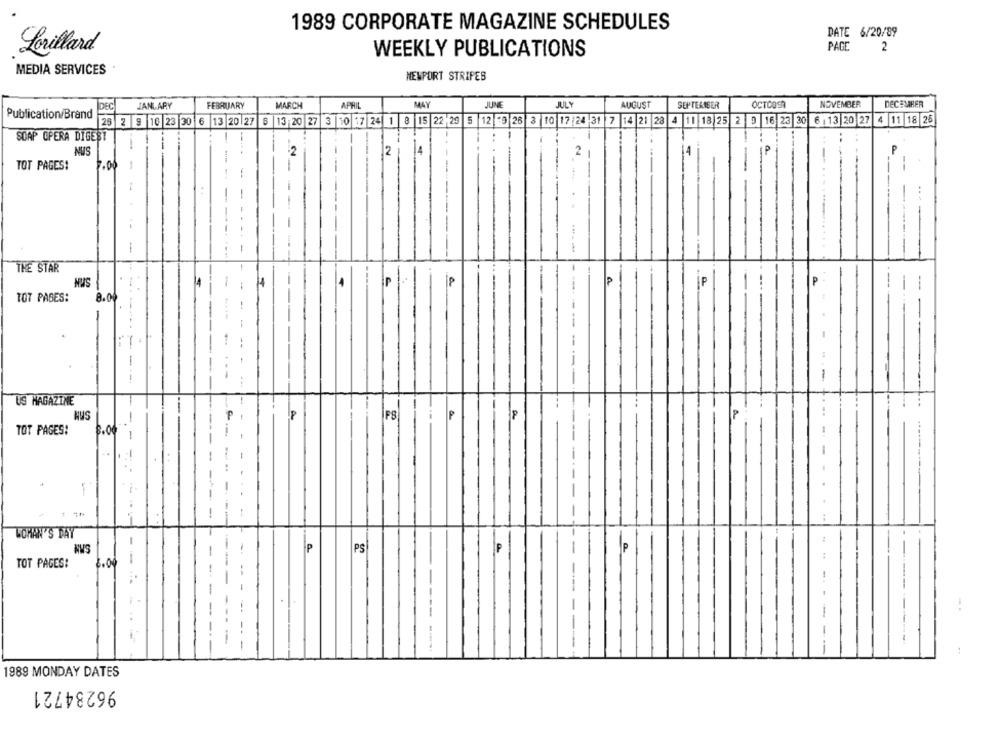
1989 CORPORATE MAGAZINE SCHEDULES
DATE 6/20/89
Lorillard
WEEKLY PUBLICATIONS
PAGE
2
MEDIA SERVICES
NEWPORT STRIPES
MARCH
MAY
JUNE
JULY
AUGUST
SEPTEMBER
OCTOOSR
NOVEMBER
DECEMBER
JANUARY
FEBRUARY
APRIL
Publication/Brand
25 2 9 16 23 30 6 13 20 27 8 13 20 27 3 10 17 24 1 8 15 22 29 5 12 -9 26 3 10 17 24 31 7 14 21 28 4 11 18 25 2 9 16 23 20 6 :13 20 27 4 11 18 25
SOAP OPERA DIGEST
NUS
12
-
TOT PAGES!
7.00
-
-
-
THE STAR
MUS
P
IP
P
-
--
TOT PAGES:
8.04
--..
--
-
-.
-
----
-
US MAGAZINE
HUS
P
FS
P
P
P
TOT PAGES!
6.04
-
-
..
-
JOHAN'S DAY
-
P
PS
-
P
TOT PAGES:
8.00
-----
.
---
1989 MONDAY DATES
96234721